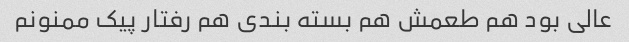
عالی بود هم طعمش هم بسته بندی هم رفتار پیک ممنونم